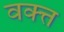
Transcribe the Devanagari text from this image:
वक्त्त